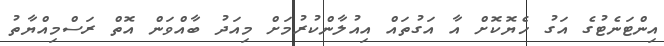
އިންޓަނެޓުގެ އަގު ހެޔޮކޮށް އާ އަގުތައް އިއުލާންކުރުމަށް މިއަދު ބާއްވަން އޮތް ރަސްމިއްޔާތު